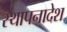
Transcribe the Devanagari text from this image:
स्थापनादेश